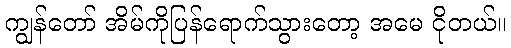
ကျွန်တော် အိမ်ကိုပြန်ရောက်သွားတော့ အမေ ငိုတယ်။